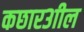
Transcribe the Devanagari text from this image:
कछार३ाील